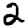
Digit: 2